Civil Veterinary Department. Madras. Admin. report 1926-33 - 1926-1933
Year: 1926
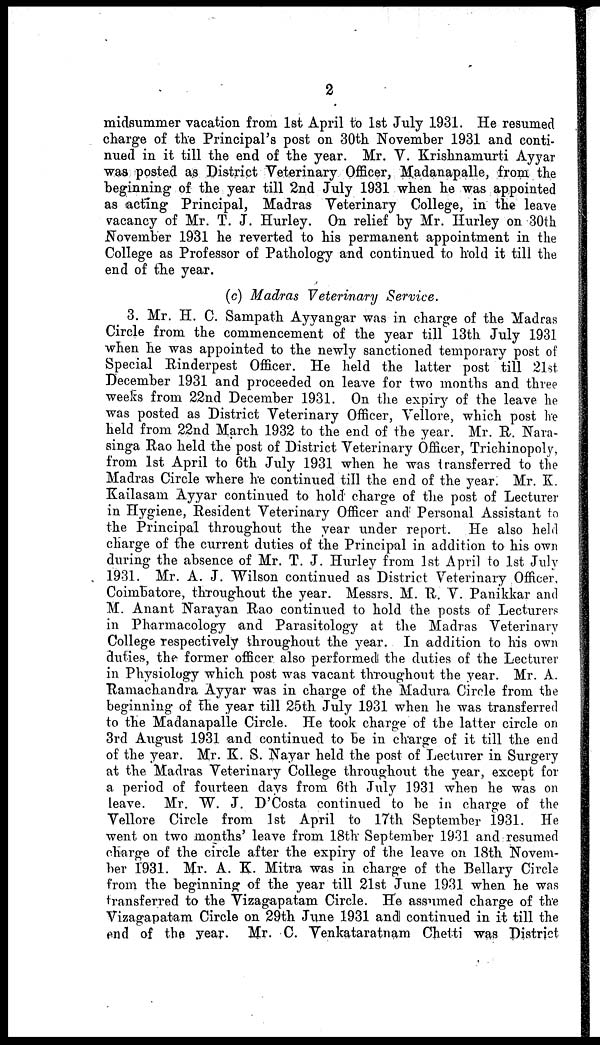
2
midsummer vacation from 1st April to 1st July 1931. He resumed
charge of the Principal's post on 30th November 1931 and conti-
nued in it till the end of the year. Mr. V. Krishnamurti Ayyar
was posted as District Veterinary Officer, Madanapalle, from the
beginning of the year till 2nd July 1931 when he was appointed
as acting Principal, Madras Veterinary College, in the leave
vacancy of Mr. T. J. Hurley. On relief by Mr. Hurley on 30th
November 1931 he reverted to his permanent appointment in the
College as Professor of Pathology and continued to hold it till the
end of the year.
(c) Madras Veterinary
Service.
3. Mr. H. C. Sampath Ayyangar was in charge of the Madras
Circle from the commencement of the year till 13th July 1931
when he was appointed to the newly sanctioned temporary post of
Special Rinderpest Officer. He held the latter post till 21st
December 1931 and proceeded on leave for two months and three
weeks from 22nd December 1931. On the expiry of the leave he
was posted as District Veterinary Officer, Vellore, which post he
held from 22nd March 1932 to the end of the year. Mr. R. Nara-
f?inga Rao held the post of District Veterinary Officer, Trichinopoly,
from 1st April to 6th July 1931 when he was transferred to the
Madras Circle where he continued till the end of the year. Mr. K.
Kailasam Ayyar continued to hold charge of the post of Lecturer
in Hygiene, Resident Veterinary Officer and Personal Assistant to
the Principal throughout the year under report. He also held
charge of the current duties of the Principal in addition to his own
during the absence of Mr. T. J. Hurley from 1st April to 1st July
1931. Mr. A. J. "Wilson continued as District Veterinary Officer.
Coimbatore, throughout the year. Messrs. M. R. V. Panikkar and
M. Anant Narayan Rao continued to hold the posts of Lecturers
in Pharmacology and Parasitology at the Madras Veterinary
College respectively throughout the year. In addition to his own
duties, the former officer also performed the duties of the Lecturer
in Physiology which post was vacant throughout the year. Mr. A.
Ramachandra Ayyar was in charge of the Madura Circle from the
beginning of the year till 25th July 1931 when he was transferred
to the Madanapalle Circle. He took charge of the latter circle on
3rd August 1931 and continued to be in charge of it till the end
of the year. Mr. K. S. Nayar held the post of Lecturer in Surgery
at the Madras Veterinary College throughout the year, except for
a period of fourteen days from 6th July 1931 when he was on
leave. Mr. W. J. D'Costa continued to be in charge of the
Vellore Circle from 1st April to 17th September 1931. He
went on two months' leave from 18th September 1931 and resumed
charge of the circle after the expiry of the leave on 18th Novem-
ber 1931. Mr. A. K. Mitra was in charge of the Bellary Circle
from the beginning of the year till 21st June 1931 when he was
transferred to the Vizagapatam Circle. He assumed charge of the
Vizagapatam Circle on 29th June 1931 and continued in it till the
end of the year. Mr. C. Venkataratnam Chetti was District